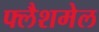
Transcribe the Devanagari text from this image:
फ्लैशमेल